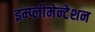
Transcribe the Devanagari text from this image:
इम्प्लीमेन्टेशन